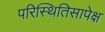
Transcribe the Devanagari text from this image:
परिस्थितिसापेक्ष